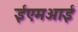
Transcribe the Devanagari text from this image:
ईएमअाई